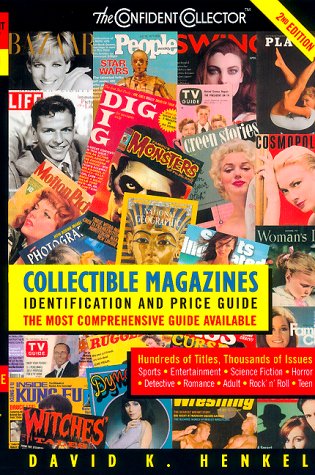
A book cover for Collectible Magazines: Identification & Price Guide, 2nd Edition; David K. Henkel; Crafts, Hobbies & Home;